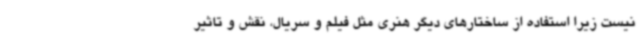
نیست زیرا استفاده از ساختارهای دیگر هنری مثل فیلم و سریال، نقش و تاثیر